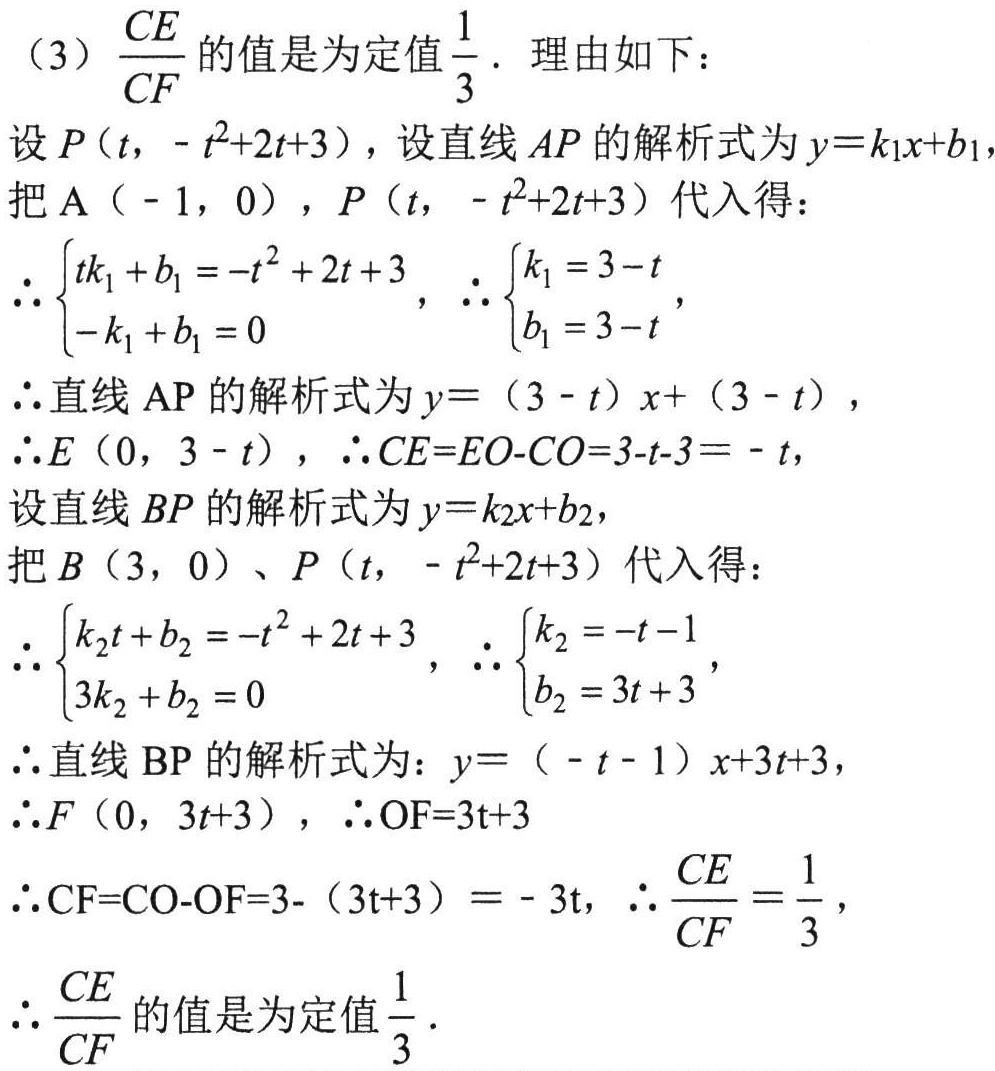
(3) $\frac{CE}{CF}$的值是为定值$\frac{1}{3}$. 理由如下：
设$P(t, -t^{2}+2t + 3)$，设直线$AP$的解析式为$y = k_{1}x + b_{1}$，
把$A(-1, 0)$，$P(t, -t^{2}+2t + 3)$代入得：
$\therefore\begin{cases}tk_{1}+b_{1}=-t^{2}+2t + 3\\-k_{1}+b_{1}=0\end{cases}$，$\therefore\begin{cases}k_{1}=3 - t\\b_{1}=3 - t\end{cases}$，
$\therefore$直线$AP$的解析式为$y=(3 - t)x+(3 - t)$，
$\therefore E(0, 3 - t)$，$\therefore CE = EO - CO=3 - t - 3=-t$，
设直线$BP$的解析式为$y = k_{2}x + b_{2}$，
把$B(3, 0)$、$P(t, -t^{2}+2t + 3)$代入得：
$\therefore\begin{cases}k_{2}t + b_{2}=-t^{2}+2t + 3\\3k_{2}+b_{2}=0\end{cases}$，$\therefore\begin{cases}k_{2}=-t - 1\\b_{2}=3t + 3\end{cases}$，
$\therefore$直线$BP$的解析式为：$y=(-t - 1)x + 3t + 3$，
$\therefore F(0, 3t + 3)$，$\therefore OF = 3t + 3$
$\therefore CF = CO - OF=3-(3t + 3)=-3t$，$\therefore\frac{CE}{CF}=\frac{1}{3}$，
$\therefore\frac{CE}{CF}$的值是为定值$\frac{1}{3}$.